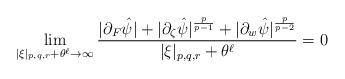
LaTeX: \begin{align*}\lim_{|\xi|_{p,q,r}+\theta^{\ell}\to\infty}\frac{|\partial_F\hat{\psi}|+|\partial_{\zeta}\hat{\psi}|^{\frac{p}{p-1}}+|\partial_w\hat{\psi}|^{\frac{p}{p-2}}}{|\xi|_{p,q,r}+\theta^{\ell}}=0\end{align*}